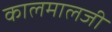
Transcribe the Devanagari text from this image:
कालमालजी